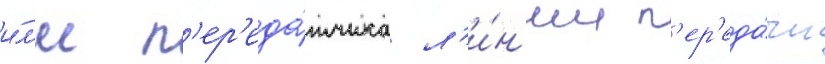
и́л'и п'ер'еда́тчика л'и́н'ии п'ер'еда́чи